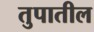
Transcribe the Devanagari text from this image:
तुपातील